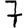
Digit: 7